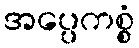
အပ္ပေကစ္စံ